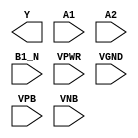
module sky130_fd_sc_ls__o21bai (
    Y   ,
    A1  ,
    A2  ,
    B1_N,
    VPWR,
    VGND,
    VPB ,
    VNB
);

    output Y   ;
    input  A1  ;
    input  A2  ;
    input  B1_N;
    input  VPWR;
    input  VGND;
    input  VPB ;
    input  VNB ;
endmodule